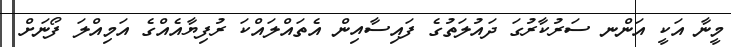
މީނާ އަކީ އަންނ ސަރުކާރުގަ ދައުލަތުގެ ފައިސާއިން އެތައްލައްކަ ރުފިޔާއެއްގެ އަމިއްލަ ފޯނަށް